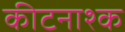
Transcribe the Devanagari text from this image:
कीटनाश्क